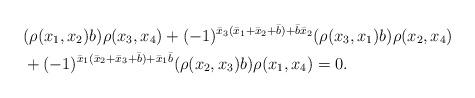
LaTeX: \begin{align*}&(\rho(x_1, x_2)b)\rho(x_3, x_4) +(-1)^{\bar x_3(\bar x_1+\bar x_2+\bar b)+\bar b\bar x_2} (\rho(x_3, x_1)b)\rho(x_2, x_4)\\&+ (-1)^{\bar x_1(\bar x_2+\bar x_3+\bar b)+\bar x_1\bar b}(\rho(x_2, x_3)b)\rho(x_1, x_4)=0. \end{align*}